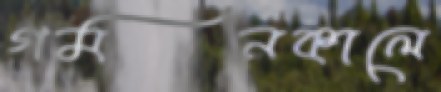
গমনকালে